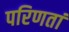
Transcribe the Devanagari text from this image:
परिणतां